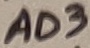
Text: AD3